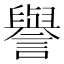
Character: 譽